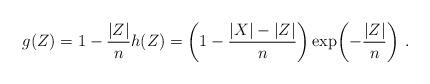
LaTeX: \begin{align*}g(Z) = 1 - \frac{|Z|}{n} h(Z) = \left(1 - \frac{|X| - |Z|}{n} \right) \exp\!\left( -\frac{|Z|}{n} \right)\,. \end{align*}